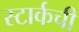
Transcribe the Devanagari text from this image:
स्टार्कची